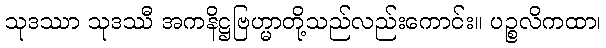
သုဒဿာ သုဒဿီ အကနိဋ္ဌဗြဟ္မာတို့သည်လည်းကောင်း။ ပဉ္စလိကထာ၊